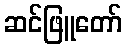
ဆင်ဖြူတော်